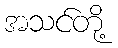
အသင်တို့